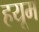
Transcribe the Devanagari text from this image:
हयूम